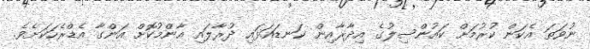
ނުވަތަ އެކަން ކުރުމަށް ކައުންސިލުގެ އިދާރާއިން ކަނޑައަޅައި ދުރާލައި އާންމުކޮށް އަންގާ އެޑްރެހަކަށެވެ.